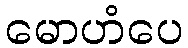
မောဟံပေ